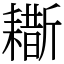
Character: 䎰